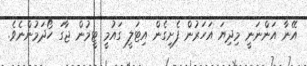
އޭނާ އަންނަނީ މިދިޔަ އަހަރުން ފެށިގެން އިޓަލީ ގައުމީ ޓީމުން ޖާގަ ހޯދަމުންނެވެ.